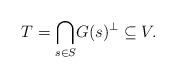
LaTeX: \begin{align*}T=\underset{s\in S}{\bigcap}G(s)^{\perp}\subseteq V.\end{align*}